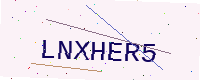
Text: LNXHER5